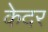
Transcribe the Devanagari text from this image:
केदर